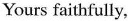
Yours faithfully,